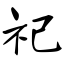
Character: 祀